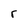
Character: r